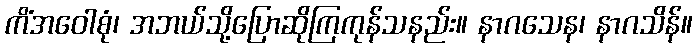
ကိံအဝေါစုံ၊ အဘယ်သို့ပြောဆိုကြကုန်သနည်း။ နာဂသေန၊ နာဂသိန်။